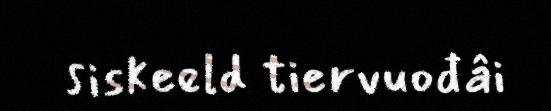
siskeeld tiervuođâi